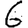
Digit: 6